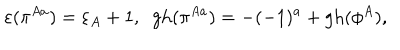
\varepsilon ( \pi ^ { A a } ) = \varepsilon _ { A } + 1 , \; \; \mathrm { g h } ( \pi ^ { A a } ) = - ( - 1 ) ^ { a } + \mathrm { g h } ( \phi ^ { A } ) ,